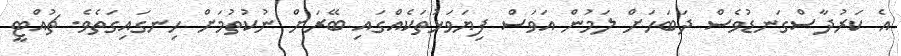
އެ ކަރުދާސްގަނޑުވެސް ދަބަހަށް ލަމުން އަވަސް ފިޔަވަޅުތަކެއްގައި ބޭރަށް ނުކުތުމަށް ހިނގައިގަތެވެ. ޗުއްޓީ